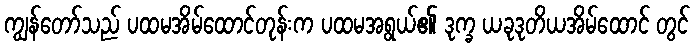
ကျွန်တော်သည် ပထမအိမ်ထောင်တုန်းက ပထမအရွယ်၏ ဒုက္ခ ယခုဒုတိယအိမ်ထောင် တွင်